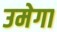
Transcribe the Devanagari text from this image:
उमेगा